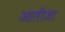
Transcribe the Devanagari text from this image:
आलीजा